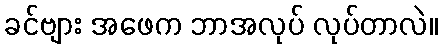
ခင်ဗျား အဖေက ဘာအလုပ် လုပ်တာလဲ။